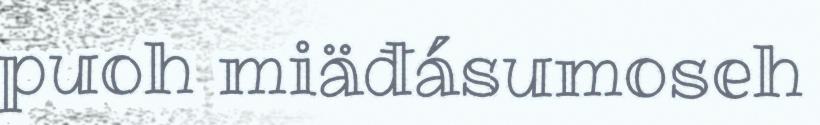
puoh miäđásumoseh